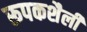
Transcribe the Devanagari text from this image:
रूपकशैली